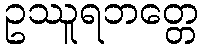
ဥဿူရဘတ္တေ